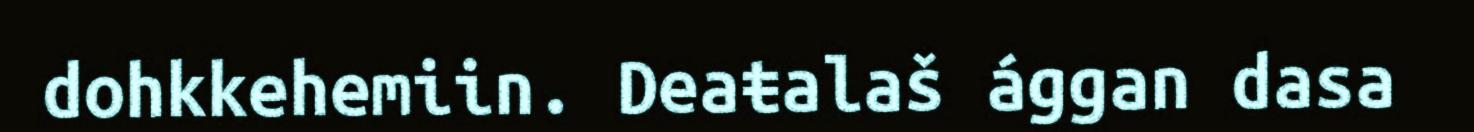
dohkkehemiin. Deaŧalaš ággan dasa